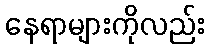
နေရာများကိုလည်း